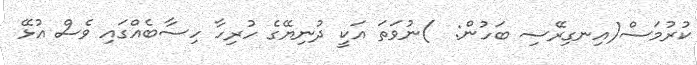
ކުރުމަސް(އިނގިރޭސި ބަހުން:  )ނުވަތަ އަކީ ދުނިޔޭގެ ހުރިހާ ހިސާބެއްގައި ވެސް އުޅޭ